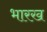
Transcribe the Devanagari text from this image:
भारख